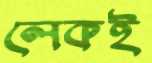
লেকই